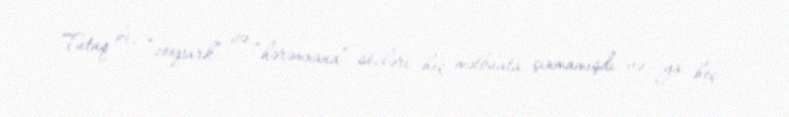
Tutaq ki, “zoopark” və “hərəmxana” sözləri heç mətbuata çıxmamışdı və ya heç